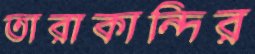
তারাকান্দির